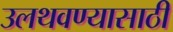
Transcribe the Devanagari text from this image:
उलथवण्यासाठी